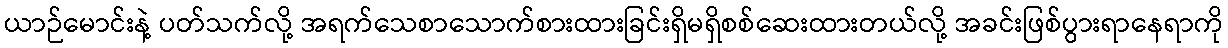
ယာဉ်မောင်းနဲ့ ပတ်သက်လို့ အရက်သေစာသောက်စားထားခြင်းရှိမရှိစစ်ဆေးထားတယ်လို့ အခင်းဖြစ်ပွားရာနေရာကို